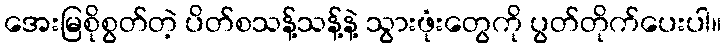
အေးမြစိုစွတ်တဲ့ ပိတ်စသန့်သန့်နဲ့ သွားဖုံးတွေကို ပွတ်တိုက်ပေးပါ။